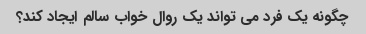
چگونه یک فرد می تواند یک روال خواب سالم ایجاد کند؟